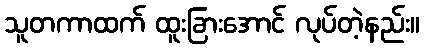
သူတကာထက် ထူးခြားအောင် လုပ်တဲ့နည်း။